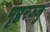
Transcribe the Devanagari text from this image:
पृष्ठरज्जु